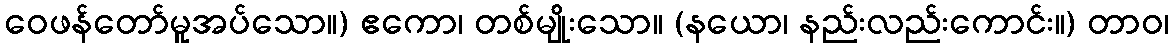
ဝေဖန်တော်မူအပ်သော။) ဧကော၊ တစ်မျိုးသော။ (နယော၊ နည်းလည်းကောင်း။) တာဝ၊